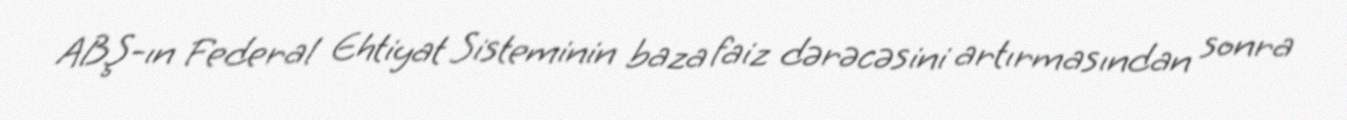
ABŞ-ın Federal Ehtiyat Sisteminin baza faiz dərəcəsini artırmasından sonra